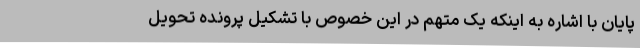
پایان با اشاره به اینکه یک متهم در این خصوص با تشکیل پرونده تحویل